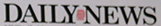
DAILYNEWS